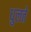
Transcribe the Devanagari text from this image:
धुलते